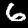
Digit: 6